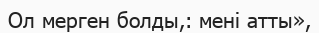
Ол мерген болды,: мені атты»,